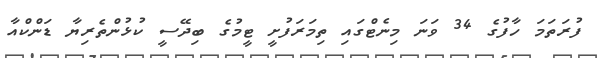
ފުރަތަމަ ހާފުގެ 34 ވަނަ މިނެޓްގައި ތިމަރަފުށީ ޓީމުގެ ބިދޭސީ ކުޅުންތެރިޔާ ޑަންކްއާ